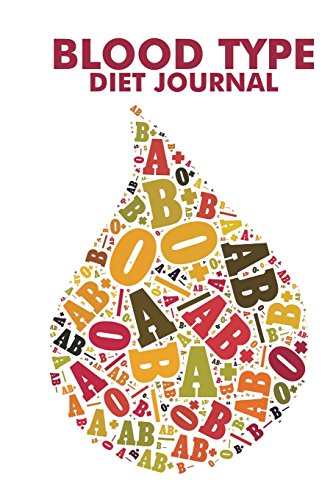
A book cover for Blood Type Diet Journal; The Blokehead; Health, Fitness & Dieting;